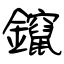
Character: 鑹